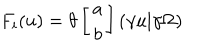
LaTeX: F _ { i } ( u ) = \theta \left[ \begin{array} { c } { { a } } \\ { { b } } \\ \end{array} \right] \left( \gamma u | \gamma \Omega \right)